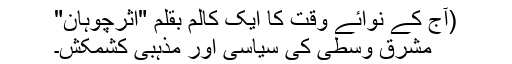
(آج کے نوائے وقت کا ایک کالم بقلم "اثرچوہان"
مشرق وسطی کی سیاسی اور مذہبی کشمکش۔